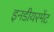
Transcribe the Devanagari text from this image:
इनडीयरमेंट